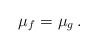
LaTeX: \begin{align*} \mu_f=\mu_g\,.\end{align*}